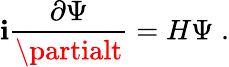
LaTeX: \mathbf{i}\frac{{\partial\Psi}}{{\partialt}}=H\Psi\; .